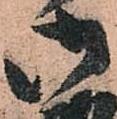
御